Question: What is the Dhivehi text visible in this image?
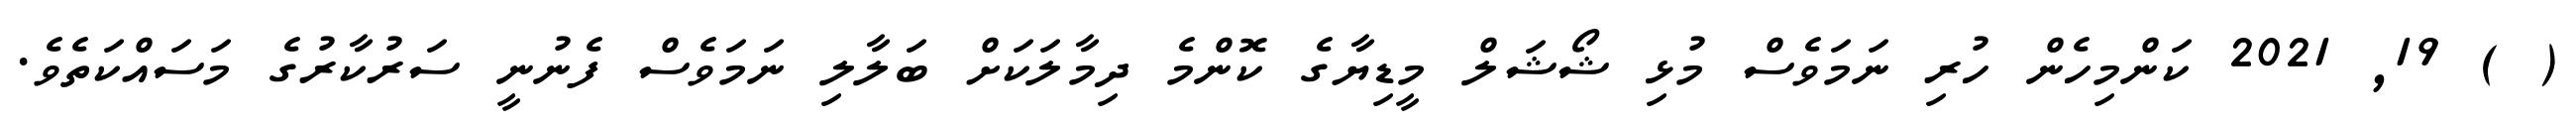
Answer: ( ) 19, 2021 ކަންމިހެން ހުރި ނަމަވެސް މުޅި ޝޯޝަލް މީޑިޔާގެ ކޮންމެ ދިމާލަކަށް ބަލާލި ނަމަވެސް ފެނުނީ ސަރުކާރުގެ މަސައްކަތެވެ.